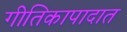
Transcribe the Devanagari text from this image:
गीतिकापादात